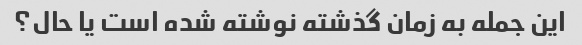
این جمله به زمان گذشته نوشته شده است یا حال؟